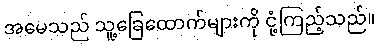
အမေသည် သူ့ခြေထောက်များကို ငုံ့ကြည့်သည်။